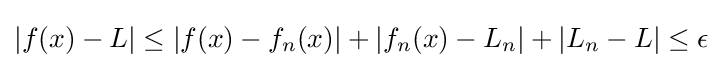
\left|f(x)-L\right|\leq \left|f(x)-f_{n}(x)\right|+\left|f_{n}(x)-L_{n}\right|+\left|L_{n}-L\right|\leq \epsilon